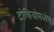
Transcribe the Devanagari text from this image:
टोकियोमध्येच